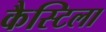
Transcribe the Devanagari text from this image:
कैस्टिला